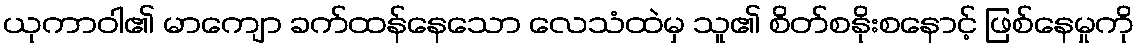
ယုကာဝါ၏ မာကျော ခက်ထန်နေသော လေသံထဲမှ သူ၏ စိတ်စနိုးစနောင့် ဖြစ်နေမှုကို